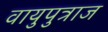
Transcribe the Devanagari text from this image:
वायुपुत्राज